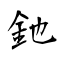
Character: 釶